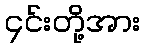
၄င်းတို့အား